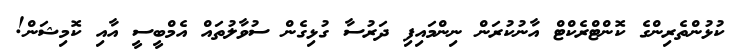
ކުޅުންތެރިންގެ ކޮންޓްރެކްޓް އާނުކުރަން ނިންމައިފި ދަރުސާ ގުޅިގެން ސުވާލުތައް އެމްބީސީ އާއި ކޮމިޝަން!